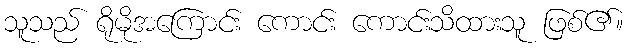
သူသည် ရိုမိုအကြောင်း ကောင်း ကောင်းသိထားသူ ဖြစ်၏။